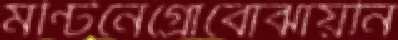
মন্টিনেগ্রোবোঝায়নি